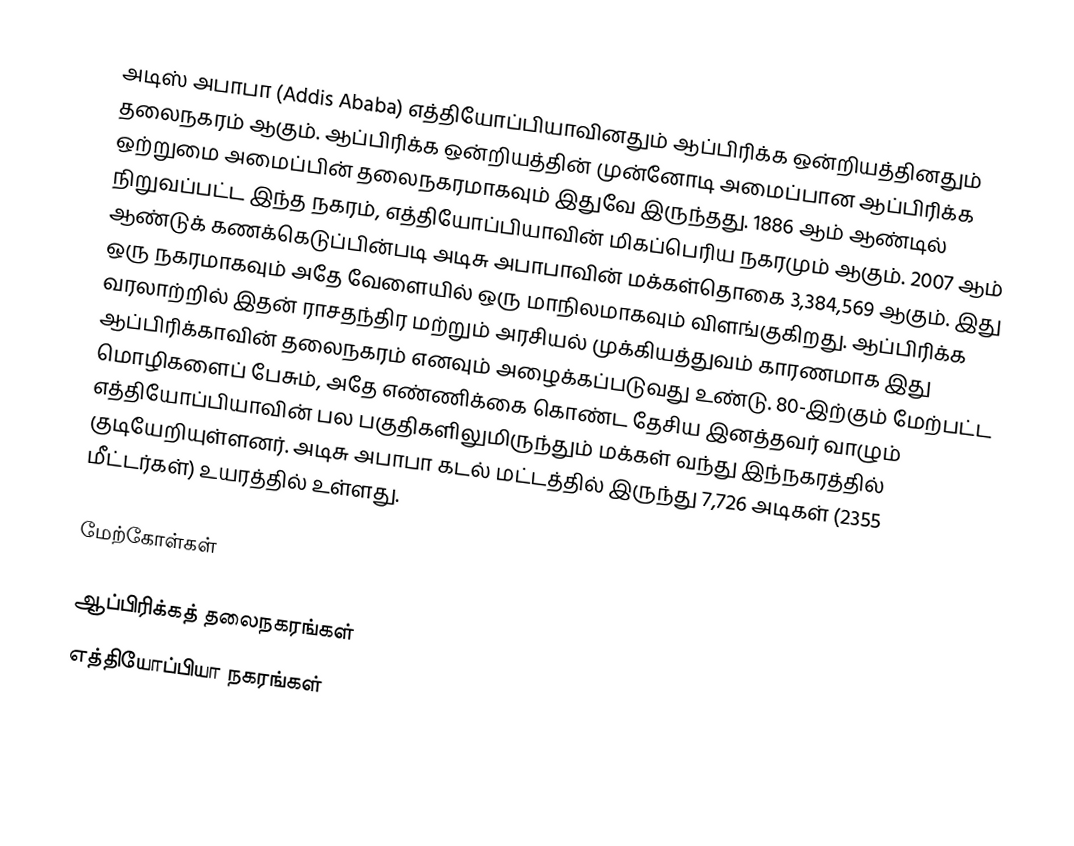
அடிஸ் அபாபா (Addis Ababa) எத்தியோப்பியாவினதும் ஆப்பிரிக்க ஒன்றியத்தினதும் தலைநகரம் ஆகும். ஆப்பிரிக்க ஒன்றியத்தின் முன்னோடி அமைப்பான ஆப்பிரிக்க ஒற்றுமை அமைப்பின் தலைநகரமாகவும் இதுவே இருந்தது. 1886 ஆம் ஆண்டில் நிறுவப்பட்ட இந்த நகரம், எத்தியோப்பியாவின் மிகப்பெரிய நகரமும் ஆகும். 2007 ஆம் ஆண்டுக் கணக்கெடுப்பின்படி அடிசு அபாபாவின் மக்கள்தொகை 3,384,569 ஆகும். இது ஒரு நகரமாகவும் அதே வேளையில் ஒரு மாநிலமாகவும் விளங்குகிறது. ஆப்பிரிக்க வரலாற்றில் இதன் ராசதந்திர மற்றும் அரசியல் முக்கியத்துவம் காரணமாக இது ஆப்பிரிக்காவின் தலைநகரம் எனவும் அழைக்கப்படுவது உண்டு. 80-இற்கும் மேற்பட்ட மொழிகளைப் பேசும், அதே எண்ணிக்கை கொண்ட தேசிய இனத்தவர் வாழும் எத்தியோப்பியாவின் பல பகுதிகளிலுமிருந்தும் மக்கள் வந்து இந்நகரத்தில் குடியேறியுள்ளனர். அடிசு அபாபா கடல் மட்டத்தில் இருந்து 7,726 அடிகள் (2355 மீட்டர்கள்) உயரத்தில் உள்ளது.

மேற்கோள்கள்

ஆப்பிரிக்கத் தலைநகரங்கள்
எத்தியோப்பியா நகரங்கள்